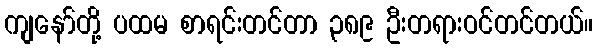
ကျနော်တို့ ပထမ စာရင်းတင်တာ ၃၈၉ ဦးတရားဝင်တင်တယ်။